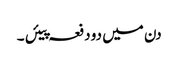
دن میں دو دفعہ پیئں ۔